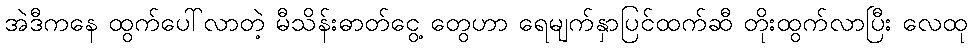
အဲဒီကနေ ထွက်ပေါ်လာတဲ့ မီသိန်းဓာတ်ငွေ့ တွေဟာ ရေမျက်နှာပြင်ထက်ဆီ တိုးထွက်လာပြီး လေထု